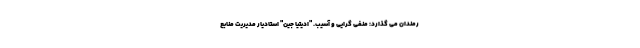
رمندان می گذارد: منفی گرایی و آسیب. "ادیتیا جین" استادیار مدیریت منابع